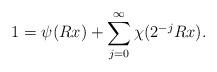
LaTeX: \begin{align*}1 = \psi(R x) + \sum_{j = 0}^{\infty} \chi(2^{-j} Rx).\end{align*}